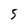
Character: 5